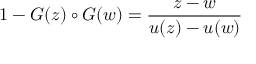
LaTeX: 1 - G ( z ) \circ G ( w ) = { \frac { z - w } { u ( z ) - u ( w ) } }